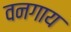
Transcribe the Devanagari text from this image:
वनगाय